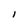
Character: I